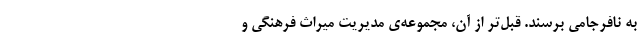
به نافرجامی برسند. قبل‌تر از آن، مجموعه‌ی مدیریتِ میراث فرهنگی و